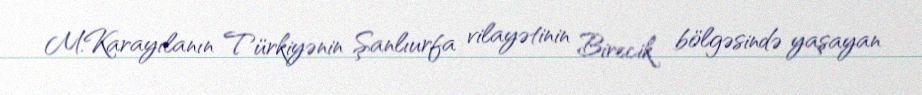
M.Karayılanın Türkiyənin Şanlıurfa vilayətinin Birecik bölgəsində yaşayan